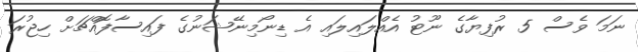
ނަމަ ވެސް 5 ރުފިޔާގެ ނޫޓު އެއްލައިލައި އެ ޑިނޯމިނޭޝަނުގެ ފައިސާފޮއްޗަށް ހިޖުރަ